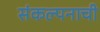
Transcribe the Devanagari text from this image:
संकल्पनाची